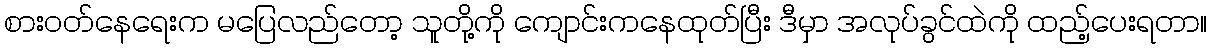
စားဝတ်နေရေးက မပြေလည်တော့ သူတို့ကို ကျောင်းကနေထုတ်ပြီး ဒီမှာ အလုပ်ခွင်ထဲကို ထည့်ပေးရတာ။